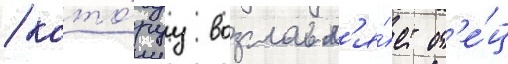
/ кото́руу возглавл'я́ет от'е́ц